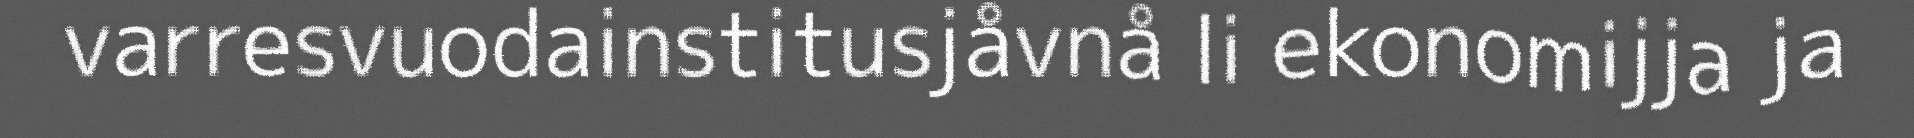
varresvuodainstitusjåvnå li ekonomijja ja